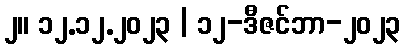
၂။ ၁၂.၁၂.၂၀၂၃ | ၁၂-ဒီဇင်ဘာ-၂၀၂၃